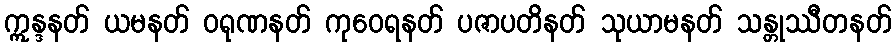
ဣန္ဒနတ် ယမနတ် ဝရုဏနတ် ကုဝေရနတ် ပဇာပတိနတ် သုယာမနတ် သန္တုဿီတနတ်